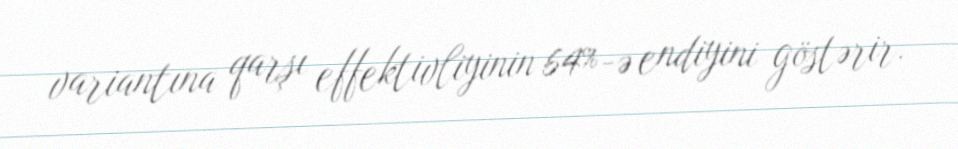
variantına qarşı effektivliyinin 64%-ə endiyini göstərir.